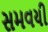
સમવયી